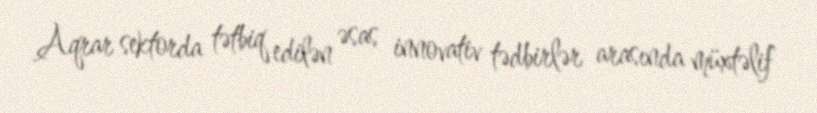
Aqrar sektorda tətbiq edilən əsas innovativ tədbirlər arasında müxtəlif